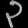
Digit: ၃